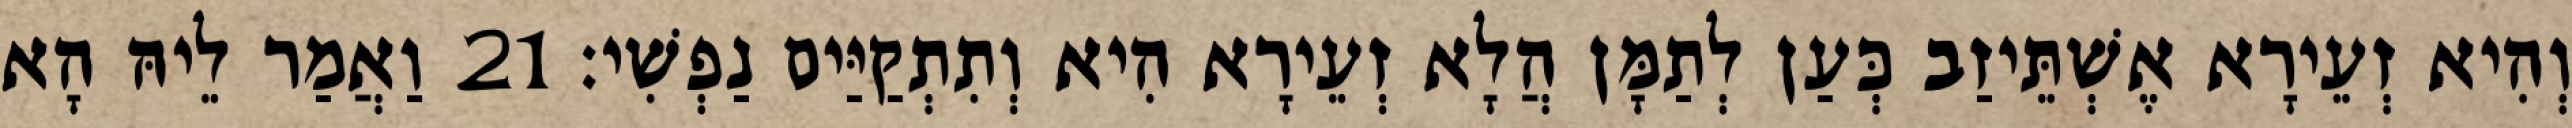
וְהִיא זְעֵירָא אֶשְׁתֵּיזַב כְּעַן לְתַמָּן הֲלָא זְעֵירָא הִיא וְתִתְקַיַּים נַפְשִׁי׃ 21 וַאֲמַר לֵיהּ הָא